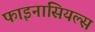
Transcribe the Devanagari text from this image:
फाइनांसियल्स